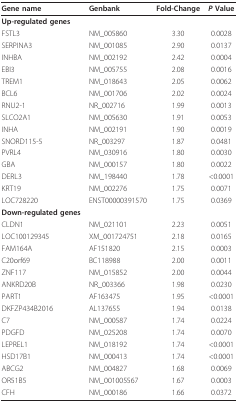
<table><thead><tr><td><b>Gene name</b></td><td><b>Genbank</b></td><td><b>Fold-Change</b></td><td><b><i>P </i>Value</b></td></tr></thead><tbody><tr><td><b>Up-regulated genes</b></td><td></td><td></td><td></td></tr><tr><td>FSTL3</td><td>NM_005860</td><td>3.30</td><td>0.0028</td></tr><tr><td>SERPINA3</td><td>NM_001085</td><td>2.90</td><td>0.0137</td></tr><tr><td>INHBA</td><td>NM_002192</td><td>2.42</td><td>0.0004</td></tr><tr><td>EBI3</td><td>NM_005755</td><td>2.08</td><td>0.0016</td></tr><tr><td>TREM1</td><td>NM_018643</td><td>2.05</td><td>0.0062</td></tr><tr><td>BCL6</td><td>NM_001706</td><td>2.02</td><td>0.0024</td></tr><tr><td>RNU2-1</td><td>NR_002716</td><td>1.99</td><td>0.0013</td></tr><tr><td>SLCO2A1</td><td>NM_005630</td><td>1.91</td><td>0.0053</td></tr><tr><td>INHA</td><td>NM_002191</td><td>1.90</td><td>0.0019</td></tr><tr><td>SNORD115-5</td><td>NR_003297</td><td>1.87</td><td>0.0481</td></tr><tr><td>PVRL4</td><td>NM_030916</td><td>1.80</td><td>0.0030</td></tr><tr><td>GBA</td><td>NM_000157</td><td>1.80</td><td>0.0022</td></tr><tr><td>DERL3</td><td>NM_198440</td><td>1.78</td><td>&lt;0.0001</td></tr><tr><td>KRT19</td><td>NM_002276</td><td>1.75</td><td>0.0071</td></tr><tr><td>LOC728220</td><td>ENST00000391570</td><td>1.75</td><td>0.0369</td></tr><tr><td><b>Down-regulated genes</b></td><td></td><td></td><td></td></tr><tr><td>CLDN1</td><td>NM_021101</td><td>2.23</td><td>0.0051</td></tr><tr><td>LOC100129345</td><td>XM_001724751</td><td>2.18</td><td>0.0165</td></tr><tr><td>FAM164A</td><td>AF151820</td><td>2.15</td><td>0.0003</td></tr><tr><td>C20orf69</td><td>BC118988</td><td>2.00</td><td>0.0011</td></tr><tr><td>ZNF117</td><td>NM_015852</td><td>2.00</td><td>0.0044</td></tr><tr><td>ANKRD20B</td><td>NR_003366</td><td>1.98</td><td>0.0230</td></tr><tr><td>PART1</td><td>AF163475</td><td>1.95</td><td>&lt;0.0001</td></tr><tr><td>DKFZP434B2016</td><td>AL137655</td><td>1.94</td><td>0.0138</td></tr><tr><td>C7</td><td>NM_000587</td><td>1.74</td><td>0.0224</td></tr><tr><td>PDGFD</td><td>NM_025208</td><td>1.74</td><td>0.0070</td></tr><tr><td>LEPREL1</td><td>NM_018192</td><td>1.74</td><td>&lt;0.0001</td></tr><tr><td>HSD17B1</td><td>NM_000413</td><td>1.74</td><td>&lt;0.0001</td></tr><tr><td>ABCG2</td><td>NM_004827</td><td>1.68</td><td>0.0069</td></tr><tr><td>OR51B5</td><td>NM_001005567</td><td>1.67</td><td>0.0003</td></tr><tr><td>CFH</td><td>NM_000186</td><td>1.66</td><td>0.0372</td></tr></tbody></table>